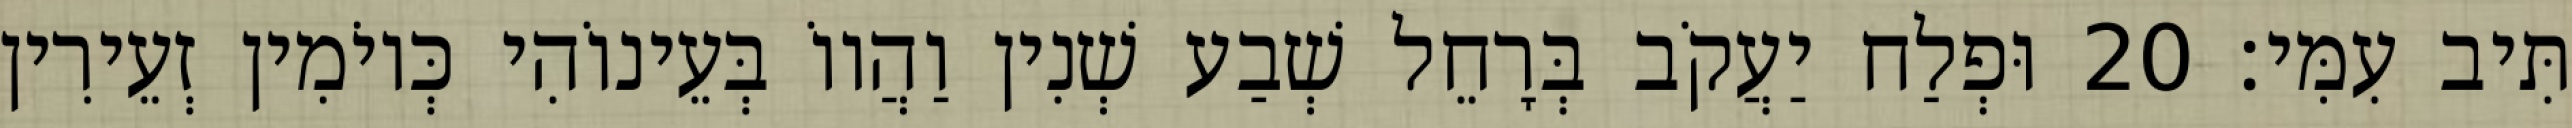
תִּיב עִמִּי׃ 20 וּפְלַח יַעֲקֹב בְּרָחֵל שְׁבַע שְׁנִין וַהֲווֹ בְּעֵינוֹהִי כְּיוֹמִין זְעֵירִין